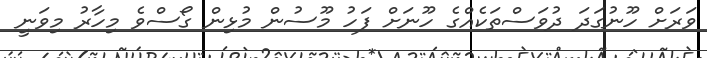
ވަރަށް ހޫނުގަދަ ދުވަސްތަކެއްގެ ހޫނަށް ފަހު މޫސުން މުޅިން ގޯސްވެ މިހާރު މިވަނީ